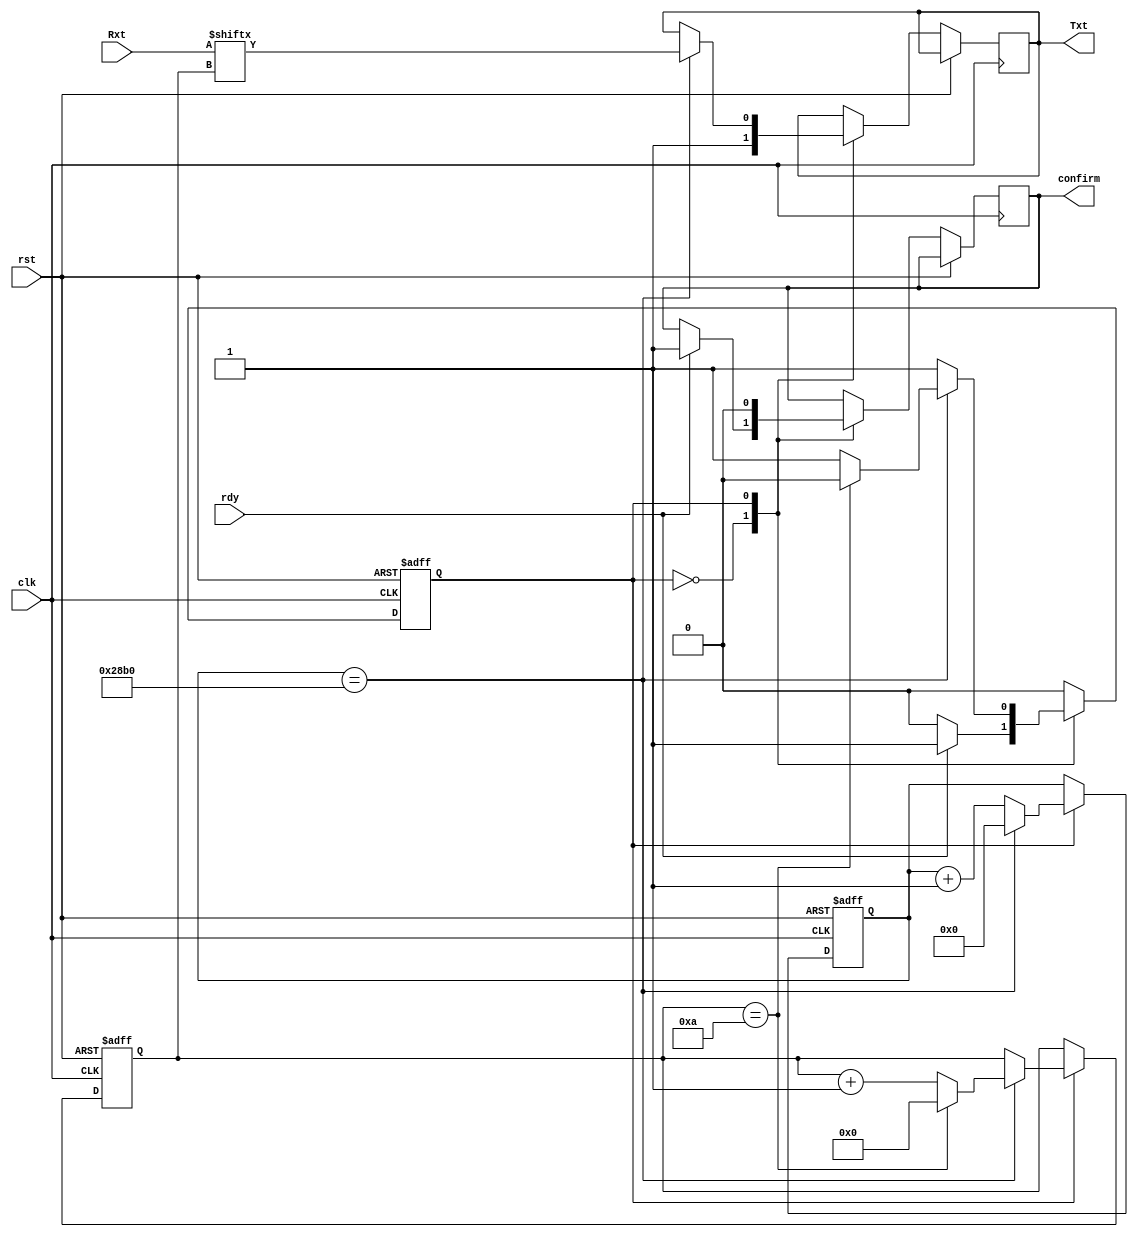
`timescale 1ns / 1ps
//////////////////////////////////////////////////////////////////////////////////
// Company: 
// Engineer: 
// 
// Design Name: 
// Module Name: Transmitter
// Project Name: 
// Target Devices: 
// Tool Versions: 
// Description: 
// 
// Dependencies: 
// 
// Revision:
// Revision 0.01 - File Created
// Additional Comments:
// 
//////////////////////////////////////////////////////////////////////////////////


module Transmitter(
    input rst,
    input clk,
    input [9:0] Rxt,
    input rdy,
    output reg Txt,
    output reg confirm
    );
    
    reg [3:0] counter = 4'b0000;
    reg [13:0] div = 0; //max 10416
    reg state = 1'b0;
    
    always @(posedge clk or posedge rst)
    begin
        if(rst == 1'b1)
        begin
            counter <= 4'b0000;
            state <= 1'b0;
            div <= 5'd00000;
        end      
        else
        begin
            case(state)
            0 : begin
                    Txt <= 1'b1;
                    if(rdy == 1'b1)
                    begin
                        state <= 1'b1;
                        confirm <= 1'b1;
                    end
                end
            1 : begin
                    confirm <= 1'b0;
                    div <= div + 1;
                    if(div == 10416) //10416
                    begin
                        Txt <= Rxt[counter];
                        counter <= counter + 1;
                        div <= 0;
                        if(counter == 10)
                        begin
                            counter <= 0;
                            state <= 1'b0;
                        end
                    end
                end
            default :  state <= 1'b0;
            endcase
        end
    end
    
endmodule